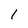
Character: 1